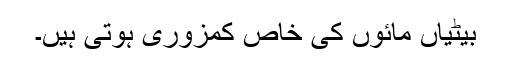
بیٹیاں مائوں کی خاص کمزوری ہوتی ہیں۔